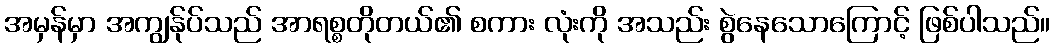
အမှန်မှာ အကျွန်ုပ်သည် အာရစ္စတိုတယ်၏ စကား လုံးကို အသည်း စွဲနေသောကြောင့် ဖြစ်ပါသည်။